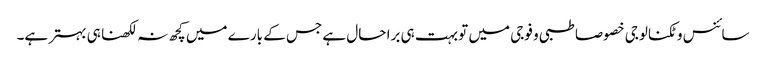
سائنس و ٹکنالوجی خصوصا طبی و فوجی میں تو بہت ہی برا حال ہے جس کے بارے میں کچھ نہ لکھنا ہی بہتر ہے۔